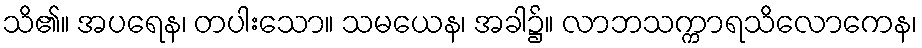
သိ၏။ အပရေန၊ တပါးသော။ သမယေန၊ အခါ၌။ လာဘသက္ကာရသိလောကေန၊